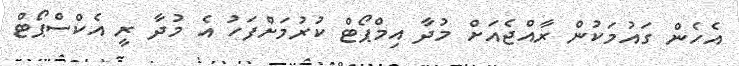
އެހެން ގައުމަކުން ރާއްޖެއަށް މުދާ އިމްޕޯޓް ކުރުމަށްފަހު އެ މުދާ ރީ އެކްސްޕޯޓް